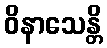
ဝိနာသေန္တိ